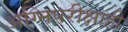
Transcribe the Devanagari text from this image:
अग्निपरीक्षाही